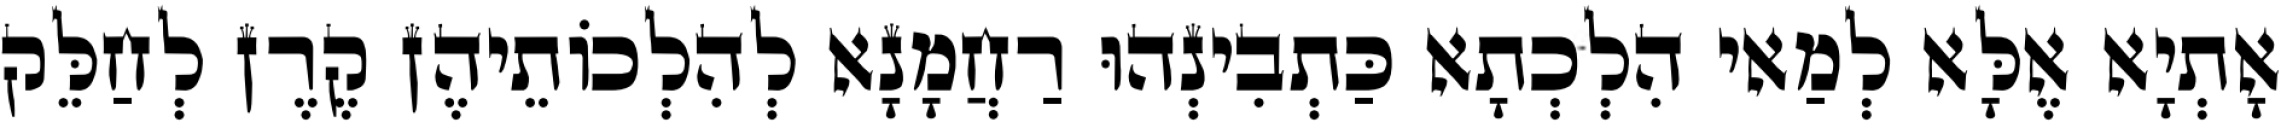
אָתְיָא אֶלָּא לְמַאי הִלְכְתָא כַּתְבִינְהוּ רַחֲמָנָא לְהִלְכוֹתֵיהֶן קֶרֶן לְחַלֵּק